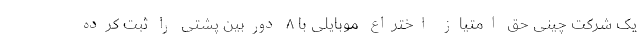
یک شرکت چینی حق امتیاز اختراع موبایلی با ۸ دوربین پشتی را ثبت کرده